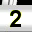
Digit: 2